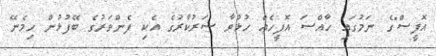
އޮފީސް"ގެ ނަމުގައި ހާއްސަ އޮފީހެއް ހުޅުވާ ސަރުކާރުގެ އެކި ފެންވަރުގެ ބޭފުޅުން ހިމެނޭ